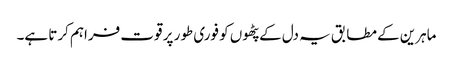
ماہرین کے مطابق یہ دل کے پٹھوں کو فوری طور پر قوت فراہم کرتا ہے۔